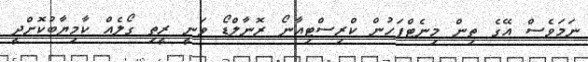
ނަމަވެސް އޭގެ ތިން މިނެޓްފަހުން ކްރިސްޓިއާނޯ ރޮނާލްޑޯ ވަނީ ރީތި ގޯލެއް ކާމިޔާބުކޮށްދީ